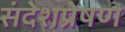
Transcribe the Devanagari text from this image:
संदेशप्रेषण